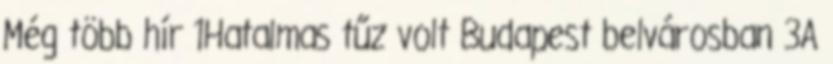
Még több hír 1Hatalmas tűz volt Budapest belvárosban 3A